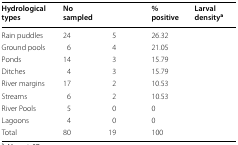
<table><thead><tr><td><b>Hydrological types</b></td><td><b>No sampled</b></td><td>[EMPTY_CELL]</td><td><b>% positive</b></td><td><b>Larval density<sup>a</sup></b></td></tr></thead><tbody><tr><td>Rain puddles</td><td>24</td><td>5</td><td>26.32</td><td>[EMPTY_CELL]</td></tr><tr><td>Ground pools</td><td>6</td><td>4</td><td>21.05</td><td>[EMPTY_CELL]</td></tr><tr><td>Ponds</td><td>14</td><td>3</td><td>15.79</td><td>[EMPTY_CELL]</td></tr><tr><td>Ditches</td><td>4</td><td>3</td><td>15.79</td><td>[EMPTY_CELL]</td></tr><tr><td>River margins</td><td>17</td><td>2</td><td>10.53</td><td>[EMPTY_CELL]</td></tr><tr><td>Streams</td><td>6</td><td>2</td><td>10.53</td><td>[EMPTY_CELL]</td></tr><tr><td>River Pools</td><td>5</td><td>0</td><td>0</td><td>[EMPTY_CELL]</td></tr><tr><td>Lagoons</td><td>4</td><td>0</td><td>0</td><td>[EMPTY_CELL]</td></tr><tr><td>Total</td><td>80</td><td>19</td><td>100</td><td>[EMPTY_CELL]</td></tr></tbody></table>